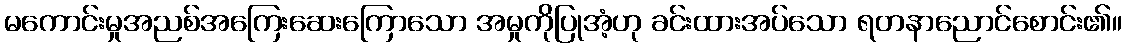
မကောင်းမှုအညစ်အကြေးဆေးကြောသော အမှုကိုပြုအံ့ဟု ခင်းထားအပ်သော ရတနာညောင်စောင်း၏။